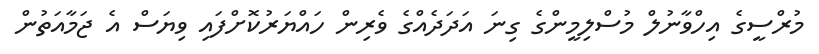
މުރްސީގެ އިހްވާނުލް މުސްލިމީންގެ ގިނަ އަދަދެއްގެ ވެރިން ހައްޔަރުކޮށްފައި ވިޔަސް އެ ޖަމާއަތުން